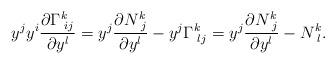
LaTeX: \begin{align*}y^j y^i \frac{\partial \Gamma^k_{\,\, ij}}{\partial y^l}=y^j\frac{\partial N^k_{\,\,j}}{\partial y^l}-y^j\Gamma^k_{\,\, lj}=y^j\frac{\partial N^k_{\,\,j}}{\partial y^l}-N^k_{\,\,l}.\end{align*}